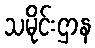
သမိုင်းဌာန